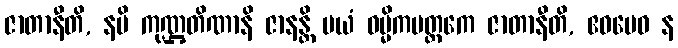
ဇာတာနီတိ, နပိ ကုဏ္ဌတိဏာနိ ဇာနန္တိ မယံ ဝမ္မိကမတ္ထကေ ဇာတာနီတိ, ဧဝမေဝ န